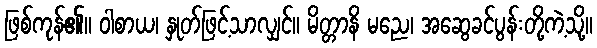
ဖြစ်ကုန်၏။ ဝါစာယ၊ နှုတ်ဖြင့်သာလျှင်။ မိတ္တာနိ မညေ၊ အဆွေခင်ပွန်းတို့ကဲ့သို့။